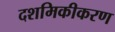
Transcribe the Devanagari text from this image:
दशमिकीकरण